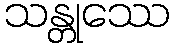
သန္တုဿေ